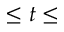
\le t \le